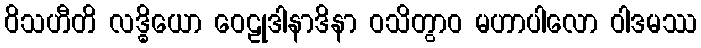
ဝိသဟီတိ လဒ္ဓိယော ဝေဠုဒါနာဒိနာ ဝသိတွာဝ မဟာပါလော ဝါဒမဿ